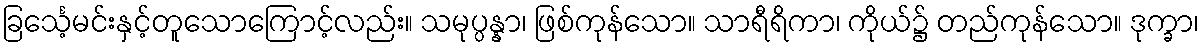
ခြင်္သေ့မင်းနှင့်တူသောကြောင့်လည်း။ သမုပ္ပန္နာ၊ ဖြစ်ကုန်သော။ သာရီရိကာ၊ ကိုယ်၌ တည်ကုန်သော။ ဒုက္ခာ၊